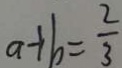
a + b = \frac { 2 } { 3 }